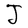
Character: J